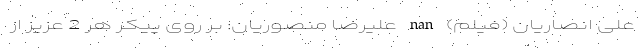
علی انصاریان (فیلم) nan علیرضا منصوریان: بر روی پیکر هر 2 عزیز از